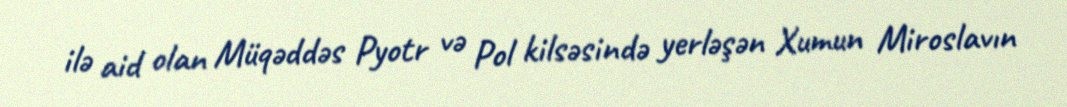
ilə aid olan Müqəddəs Pyotr və Pol kilsəsində yerləşən Xumun Miroslavın